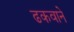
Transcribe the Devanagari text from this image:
ढकवाने